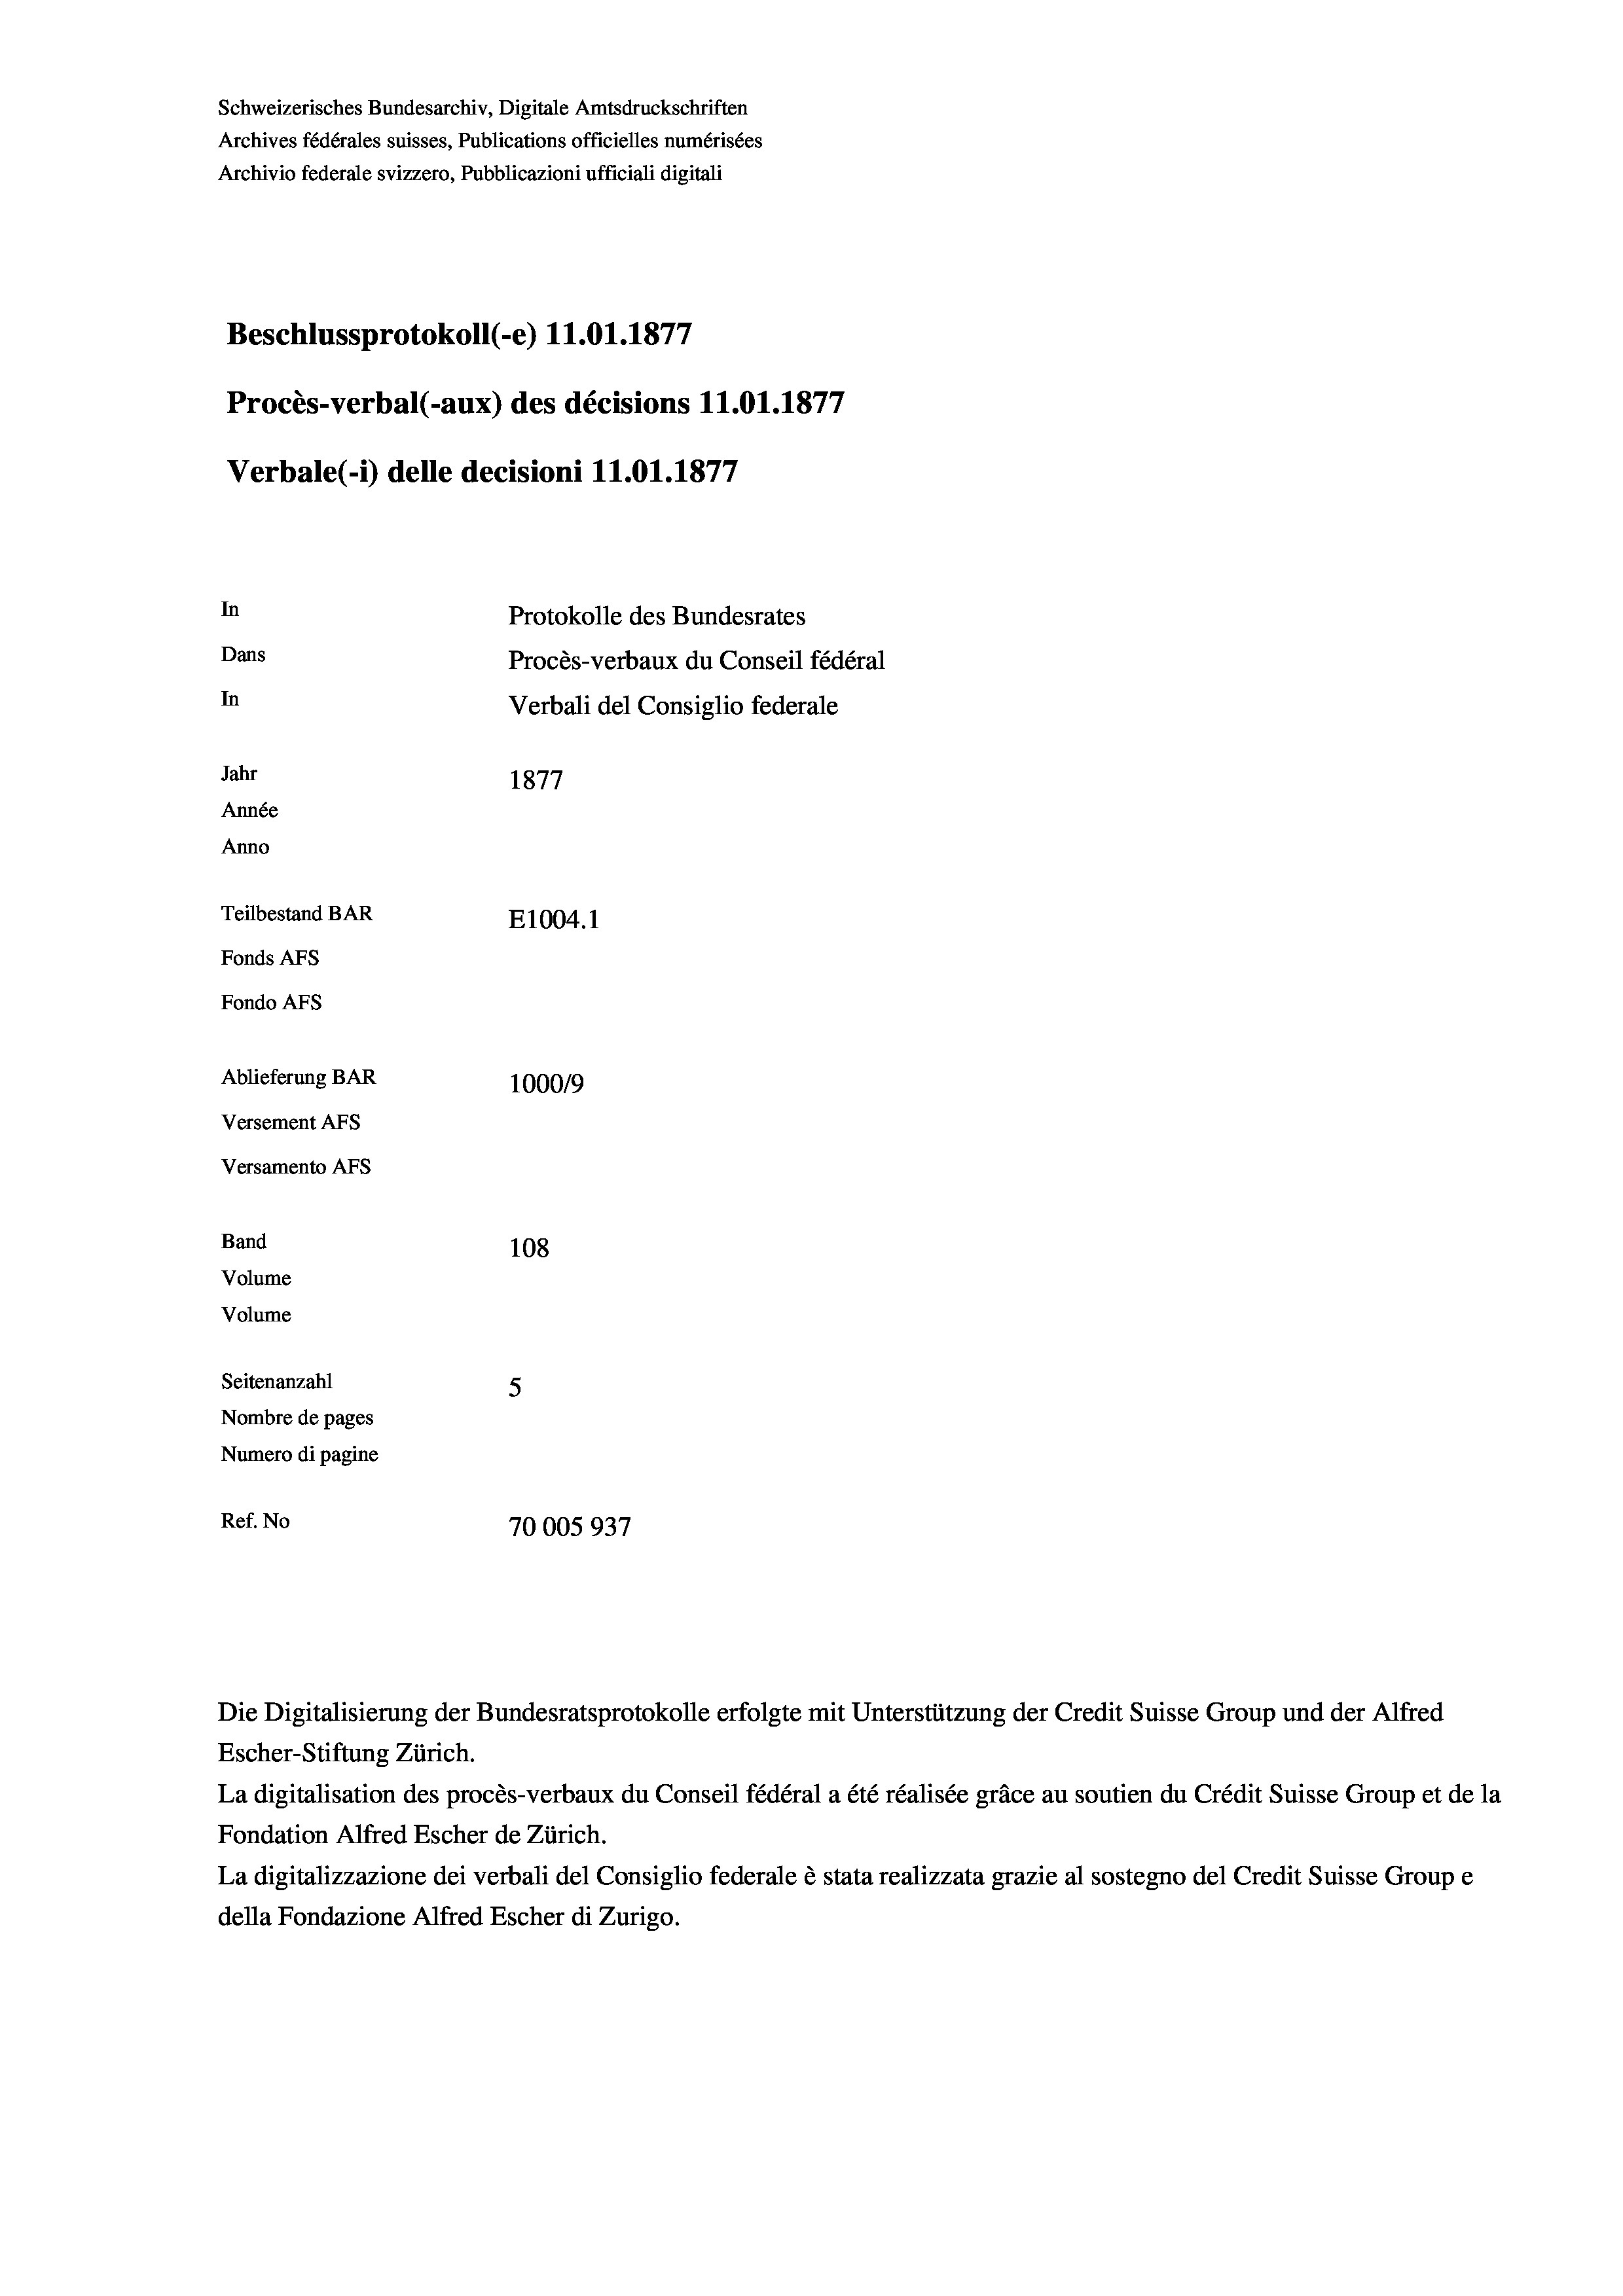
Schweizerisches Bundesarchiv, Digitale Amtsdruckschriften
Archives fédérales suisses, Publications officielles numérisées
Archivio federale svizzero, Pubblicazioni ufficiali digitali
e
Beschlussprotokoll (-e) 11.01. 1877
Procès-verbal (-aux) des décisions 11.01. 1877
Verbale(-*) delle decisioni 11.01. 1877
In
Protokolle des Bundesrates
Dans
Procès-verbaux du Conseil fédéral
In
Verbali del Consiglio federale
Jahr
1877
Année
Anno
Teilbestand BAR
E1004. 1
Fonds AFs
Fondo AFS
Ablieferung BAR
100019
Versement Abs
Versamento Afs
Band
108
Volume
Volume
Seitenanzahl
5
Nombre de pages
Numero di pagine
Ref. No
70005937

Escher-Stiftung Zürich.
La digitalisation des procès-verbaux du Conseil fédéral a été réalisée gräce au soutien du Crédit Suisse Group et de la
Fondation Alfred Escher de Zürich.
La digitalizzazione dei verbali del Consiglio federale è stata realizzata grazie al sostegno del Credit Suisse Groupe
della Fondazione Alfred Escher di Zurigo.

Die Digitalisierung der Bundesratsprotokolle erfolgte mit Unterstützung der Credit Suisse Group und der Alfred